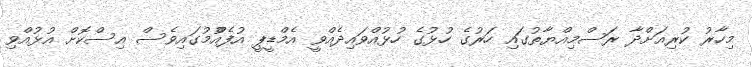
މިހާރު ކުރިއަށްދާ ރަސްމިއްޔާތުގައި ހަރުގެ ހުޅުގެ ހުޅުއްވައިދެއްވީ އެމްޑީޕީ އުފެއްުމުގައިވެސް އިސްކޮށް އުޅުއްވި